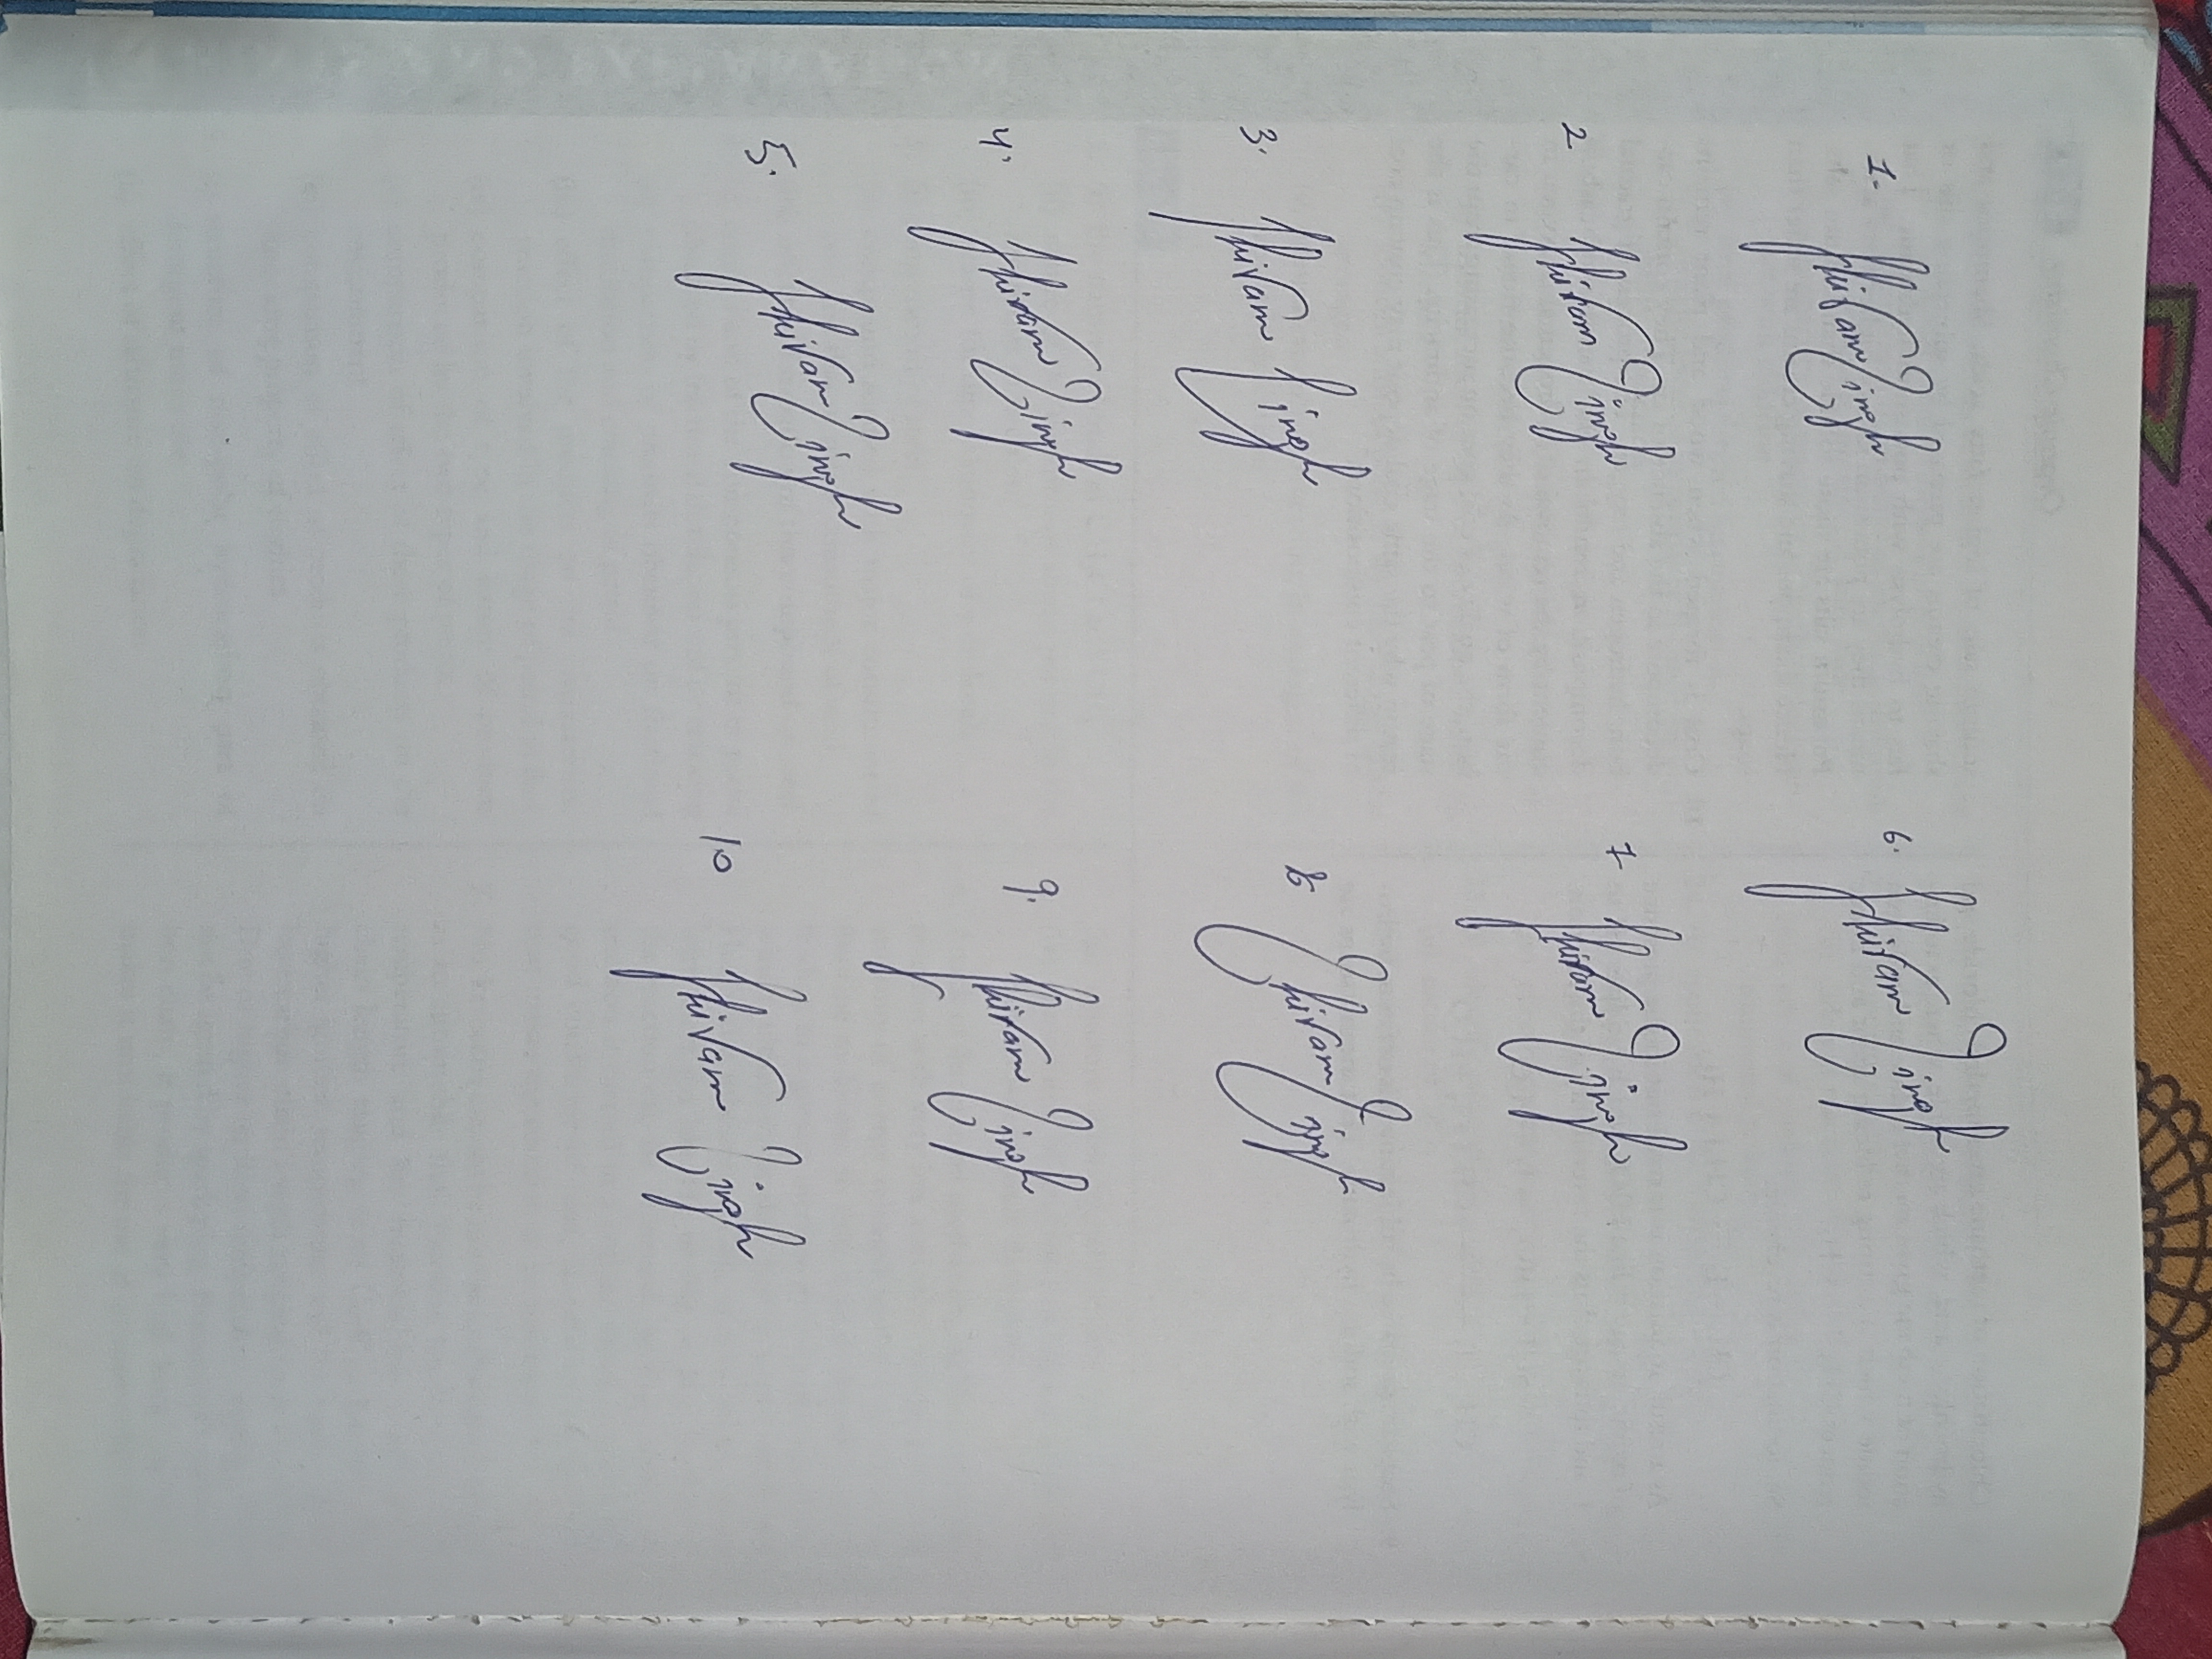
Signature authenticity: genuine